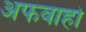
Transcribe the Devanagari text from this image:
अफवाहो